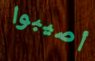
أصيبوا